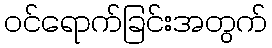
ဝင်ရောက်ခြင်းအတွက်